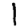
Digit: 1